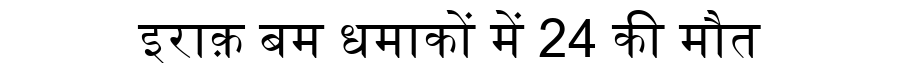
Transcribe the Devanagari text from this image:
इराक़ बम धमाकों में 24 की मौत